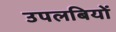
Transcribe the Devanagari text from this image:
उपलबियों